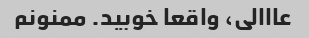
عااالی، واقعا خوبید. ممنونم